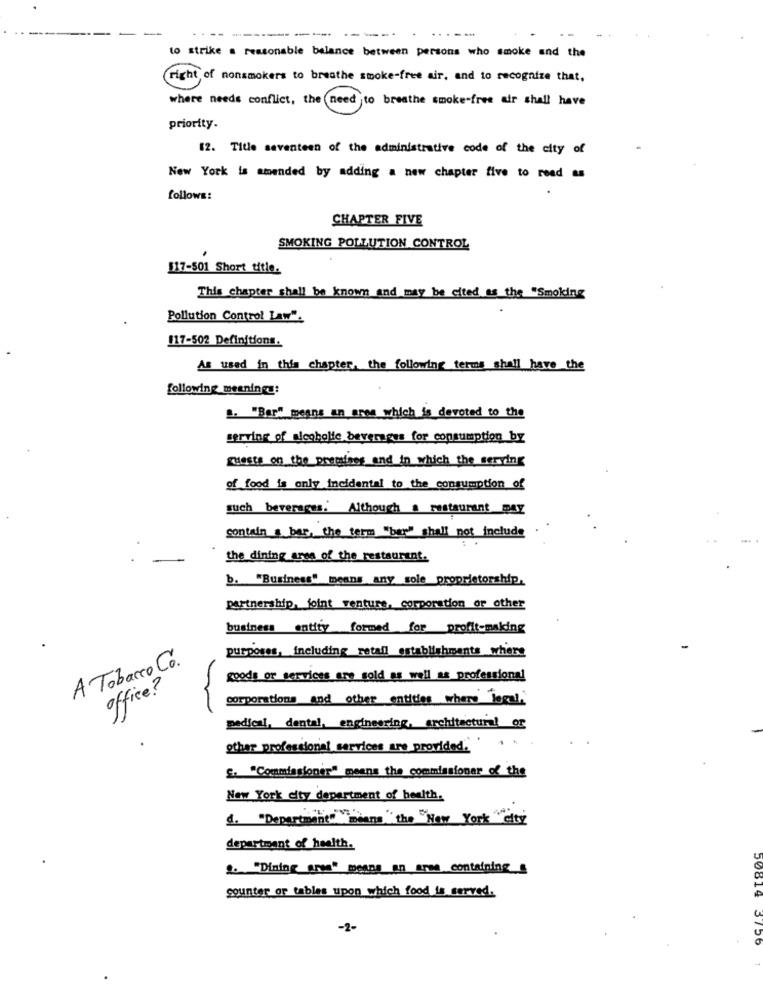
----
----.
-----
.----
to strike a reasonable balance between persons who smoke and the
right of nonsmokers to breathe smoke-free air, and to recognize that,
where needs conflict, the need to breathe smoke-free air shall have
priority.
12. Title seventeen of the administrative code of the city of
New York is amended by adding a new chapter five to read as
follows:
CHAPTER FIVE
SMOKING POLLUTION CONTROL
517-501 Short title.
This chapter shall be known and may be cited as the "Smoking
Pollution Control Law".
117-502 Definitions.
As used in this chapter, the following terms shall have the
following meanings:
". "Bar" means an ares which is devoted to the
serving of alcoholic beverages for consumption by
guests on the premises and in which the serving
of food is only incidental to the consumption of
contain a bar, the term "box" shall not include
the dining area of the restaurant.
b. "Business" means any sole proprietorship,
partnership, joint venture, corporation or other
business entity formed for profit-making
purposes, including_retail establishments where
A Tobacco Co.
goods or services are sold as well as professional
office?
corporations and other entities where Toral"
medical, dental, engineering, architectural or
other professional services are provided.
". "Commissioner" means the commissioner of the
New York city department of health.
d. "Department
tonnen" means" the "New York city
department of health.
" "Dining arse" means an arse containing_
counter or tables upon which food is served.
50014
-2-